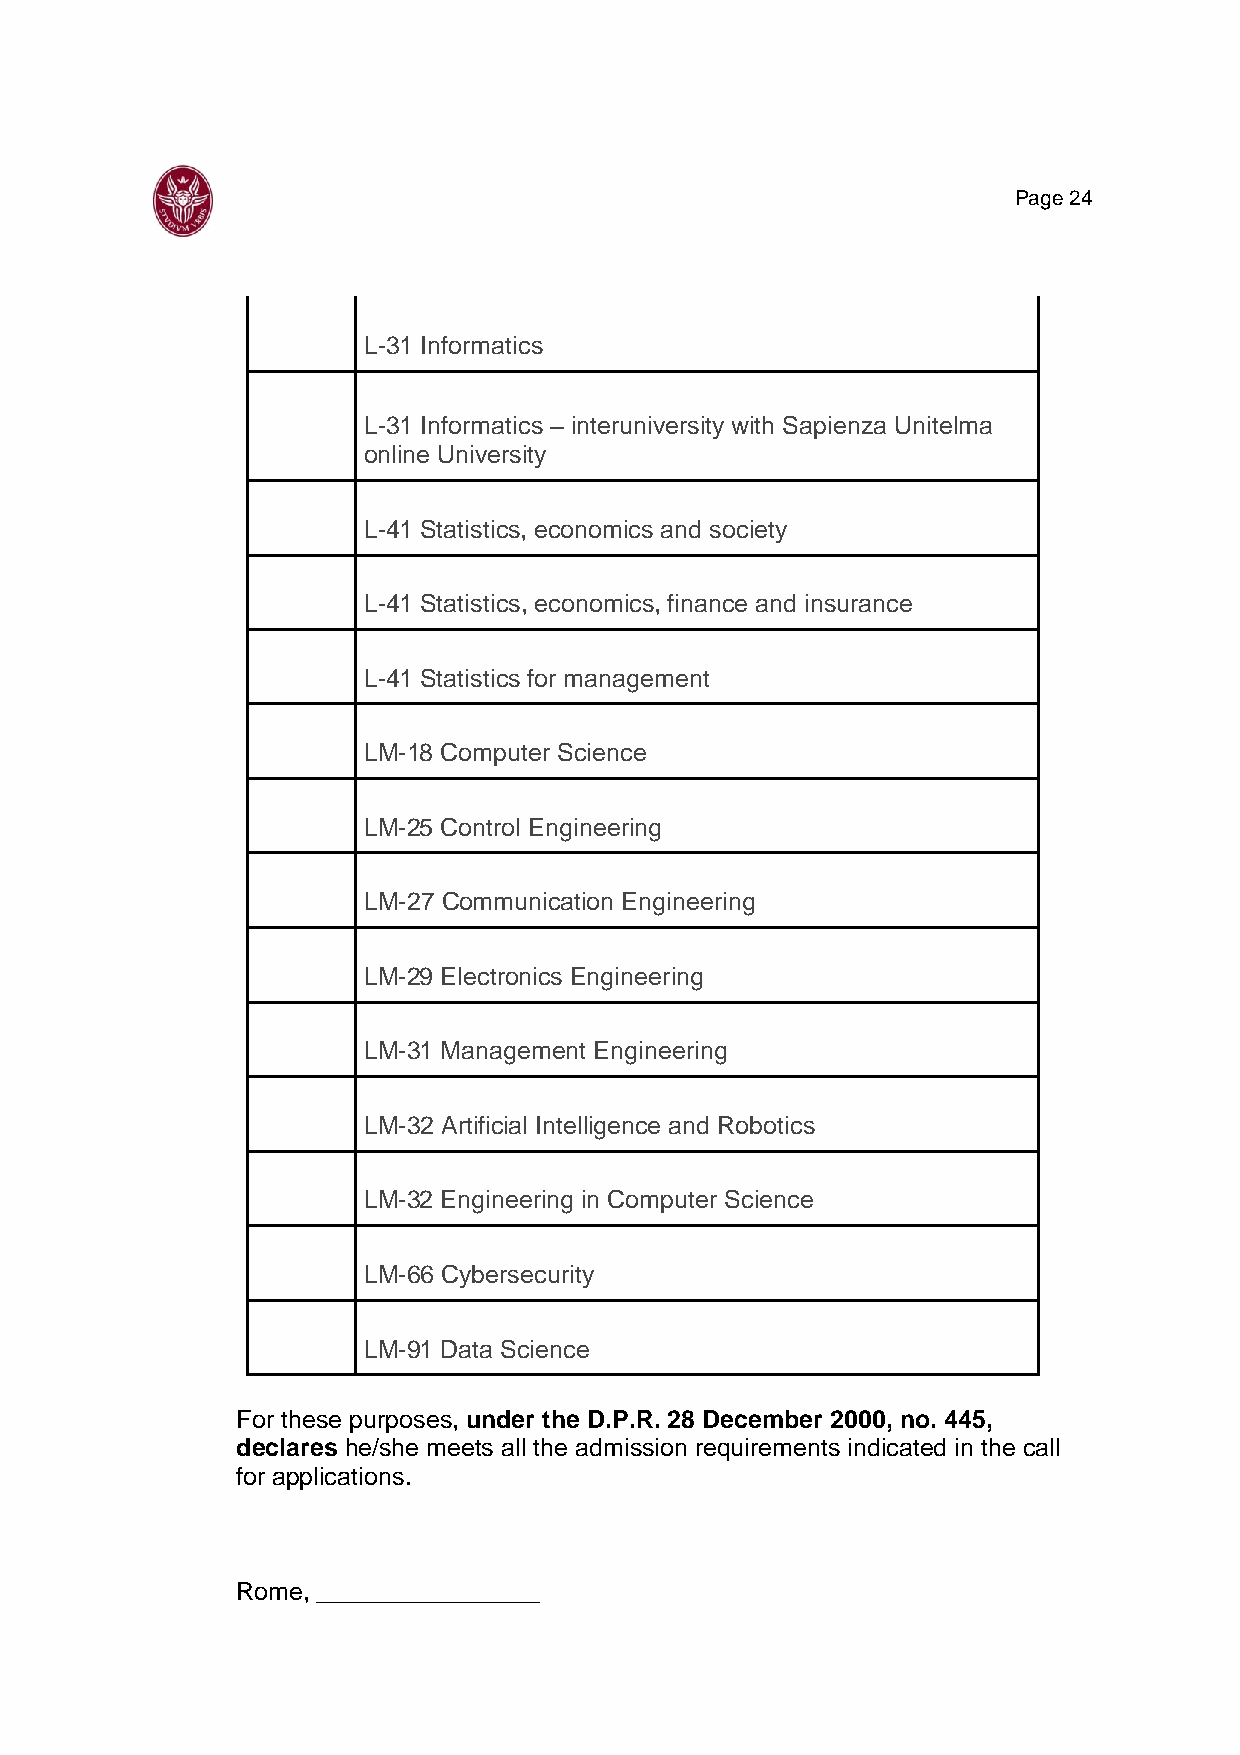
Page 24
 L-31 Informatics
 L-31 Informatics – interuniversity with Sapienza Unitelma
 online University
 L-41 Statistics, economics and society
 L-41 Statistics, economics, finance and insurance
 L-41 Statistics for management
 LM-18 Computer Science
 LM-25 Control Engineering
 LM-27 Communication Engineering
 LM-29 Electronics Engineering
 LM-31 Management Engineering
 LM-32 Artificial Intelligence and Robotics
 LM-32 Engineering in Computer Science
 LM-66 Cybersecurity
 LM-91 Data Science
 For these purposes, under the D.P.R. 28 December 2000, no. 445,
 declares he/she meets all the admission requirements indicated in the call
 for applications.
 Rome, ________________